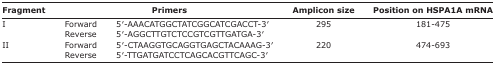
<table><thead><tr><td><b>Fragment</b></td><td colspan="2"><b>Primers</b></td><td><b>Amplicon size</b></td><td><b>Position on HSPA1A mRNA</b></td></tr></thead><tbody><tr><td>I</td><td>Forward</td><td>5′-AAACATGGCTATCGGCATCGACCT-3′</td><td>295</td><td>181-475</td></tr><tr><td></td><td>Reverse</td><td>5′-AGGCTTGTCTCCGTCGTTGATGA-3′</td><td></td><td></td></tr><tr><td>II</td><td>Forward</td><td>5′-CTAAGGTGCAGGTGAGCTACAAAG-3′</td><td>220</td><td>474-693</td></tr><tr><td></td><td>Reverse</td><td>5′-TTGATGATCCTCAGCACGTTCAGC-3′</td><td></td><td></td></tr></tbody></table>